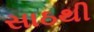
સાઠથી